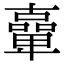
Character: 𠧉